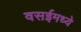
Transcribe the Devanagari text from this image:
वसईमध्ये